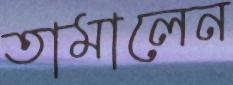
তামালেন